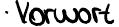
Vorwort